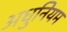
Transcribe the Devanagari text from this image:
अधुनियम